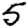
Digit: 5